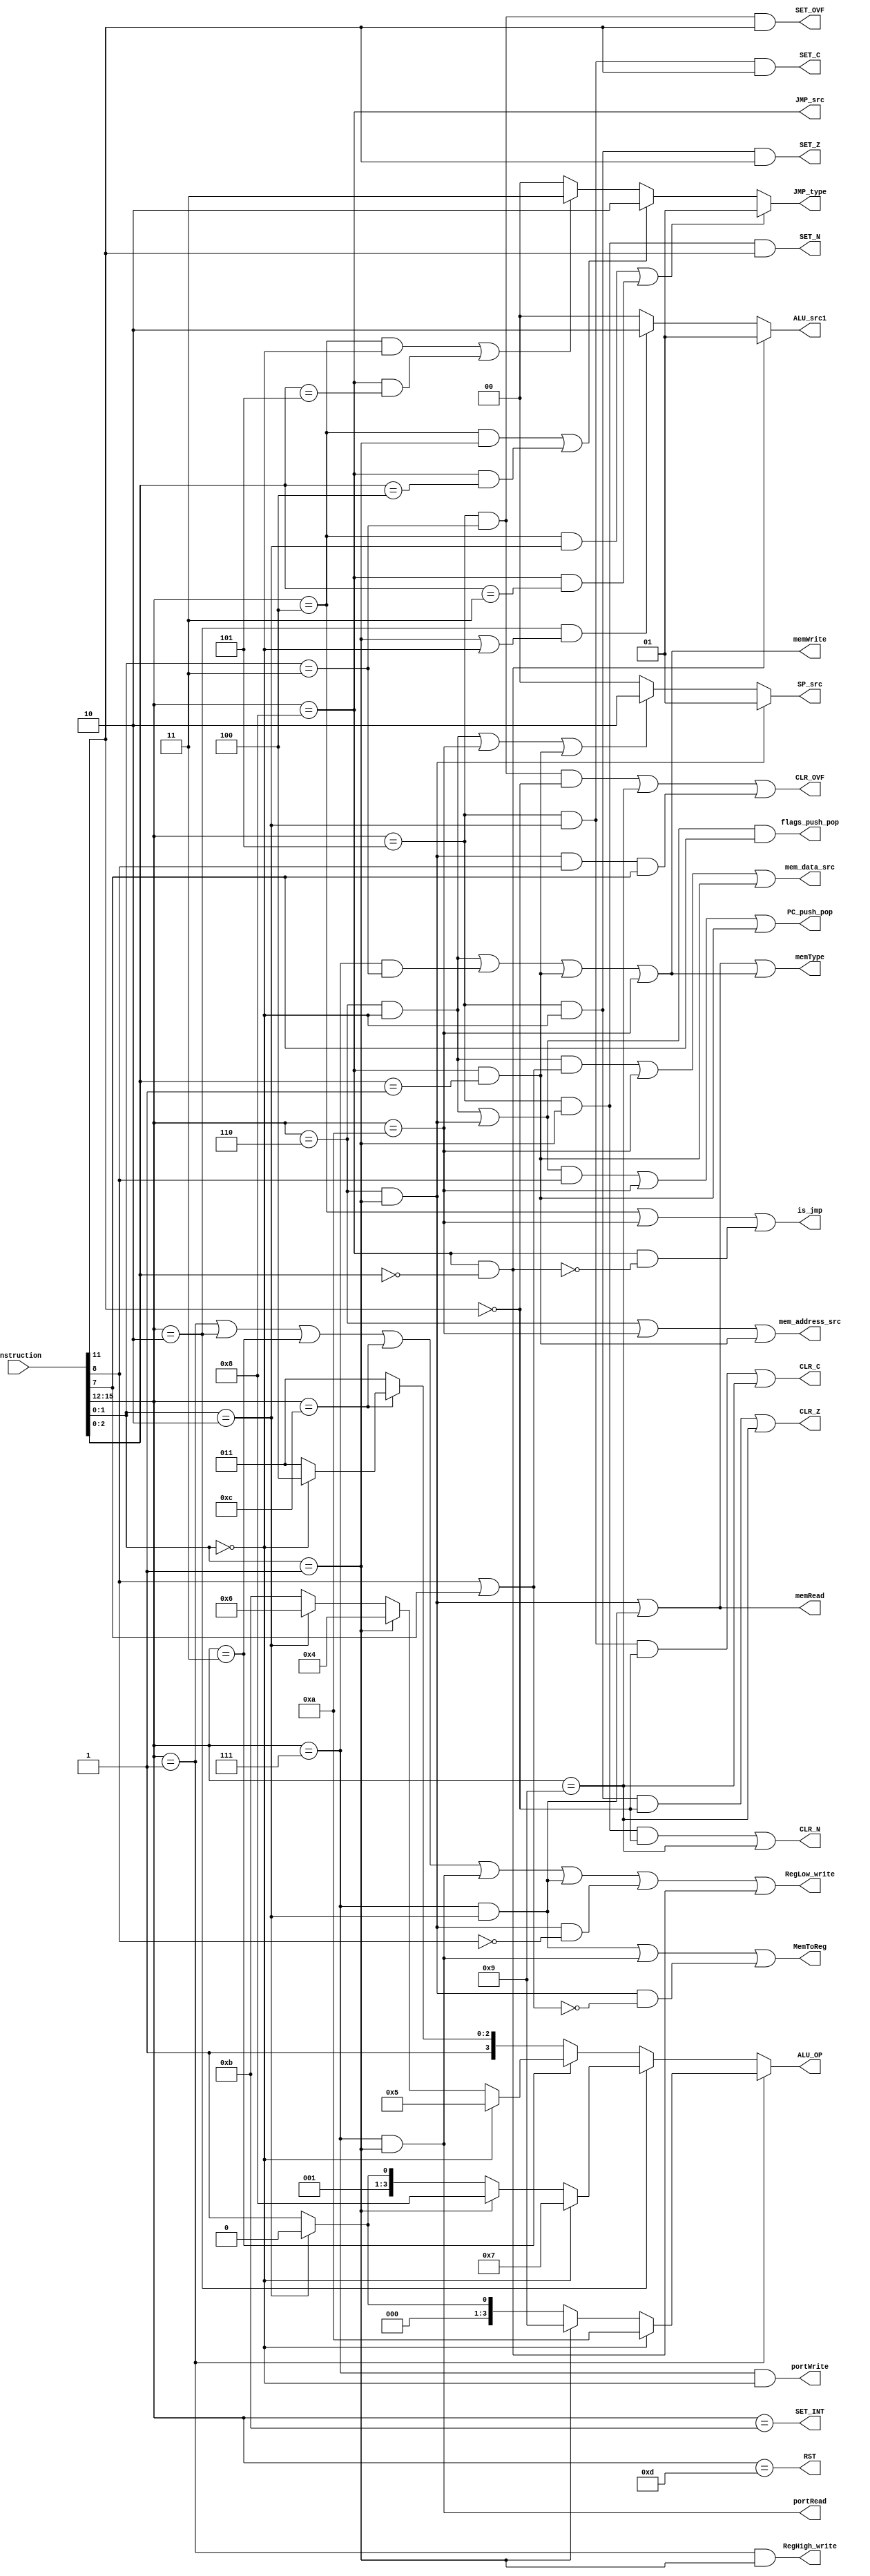
/*this is the control unit which is responsible for creating most of enable and select signals that will make the processor work correctly*/
module CU(RegLow_write, ALU_OP, RegHigh_write, ALU_src1, MemToReg, memWrite, memRead, portWrite, portRead,
			memType, PC_push_pop, flags_push_pop, JMP_type, is_jmp, JMP_src, SET_Z, SET_N, SET_C, SET_OVF, 
			CLR_Z, CLR_N, CLR_C, CLR_OVF, SP_src, mem_data_src, mem_address_src, SET_INT, RST, instruction);

/*this is the instruction to decode which is 16 bits*/
input wire [15:0] instruction;

/*reg_dst1_write_back , this is the signal that's used to allow writing back to the Rdst1*/
output wire RegLow_write;

/*reg_dst1_write_back , this is the signal that's used to allow writing back to the Rdst2 (used only incase of multiplications)*/
output wire RegHigh_write;

/*used to select which ALU operation to preform*/
output wire [3:0] ALU_OP;

/*to select between shmt, Rsrc or DATA in case of LDM*/
output wire [1:0] ALU_src1;

/*to choose the source of Rdst1 is comming from the memory or result of ALU*/
output wire MemToReg;

/*signal to write to the data memory*/
output wire memWrite;

/*signal to read from the data memory*/
output wire memRead;

/*signal to write to the port memory*/
output wire portWrite;

/*signal to read from the port memory*/
output wire portRead;

/*to select between the port memory and data memory while reading from memory*/
output wire memType;

/*to indication we should pop/push PC*/
output wire PC_push_pop;

/*to indication we should pop/push flags*/
output wire flags_push_pop;

/*to indicate whether jump on: flag(carry, zero, negative) or unconditional*/
output wire [1:0] JMP_type;

/*to indication it's a jump command or not*/
output wire is_jmp;

/*to select whether to jump using immediate value or using value in register*/
output wire JMP_src;

/*sets the zero flag*/
output wire SET_Z;

/*sets the negative flag*/
output wire SET_N;

/*sets the carry flag*/
output wire SET_C;

/*sets the interrupt flag*/
output wire SET_OVF;

/*clears the zero flag*/
output wire CLR_Z;

/*clears the negative flag*/
output wire CLR_N;

/*clears the carry flag*/
output wire CLR_C;

/*clears the interrupt flag*/
output wire CLR_OVF;

/*select whether to keep SP value as it's or decrement it or increment it*/
output wire [1:0] SP_src;

/*select between PUSH PC or Rdst*/
output wire mem_data_src;

/*select between using address using Rdst and SP*/
output wire mem_address_src;

/*this is the software interrupt wire*/
output wire SET_INT;

/*this is software reset wire*/
output wire RST;

/**************************************************************
	temp wire to make the code looks clean
**************************************************************/
wire [3:0] opcode;	// this is the opcode of the instruction
wire [2:0] Rdst1;	// this is the first Register destination number 
wire [2:0] Rdst2;	// this is the second Register destination number 
wire [2:0] Rsrc;	// this is the source Register number 
wire [3:0] shmt;	// this is the value that we will shift with in case of shifting
wire [1:0] funct;	// these are functionality bits to determine the functionality of the instruction after determining its type from opcode
wire OP;			// this is just a bit in c_type instructions to determine whether we are setting or clearing a flag
wire PC;			// this is just a bit to determine whether to PUSH/POP PC
wire flags;			// this is just a bit to determine whether to PUSH/POP flags
wire [3:0] port;	// to determine the port number from which we will (read from/ write to) 
wire [3:0] hash_imm;// these are used immediate bit concatenated with the next line in the memeory to preform absolute jumps
wire [2:0] I_funct;	// since I_type had many instruction so we mad funct bits to be 3-bits to be able to hold these instructions

/*assigning each wire to the corresponding bits in the instruction , refer to "ISA design.pdf"*/
assign opcode = instruction[15:12];
assign Rdst1 = instruction[11:9];
assign Rdst2 = instruction[5:3];
assign Rsrc = instruction[8:6];
assign shmt = instruction[5:2];
assign funct = instruction[1:0];
assign OP = instruction[11];
assign PC = instruction[8];
assign flags = instruction[7];
assign port = instruction[5:2];
assign hash_imm = instruction[6:3];
assign I_funct = instruction[2:0];
 
/**************************************************************
	detection of the instruction type
**************************************************************/

/*to detect the R type instruction*/
wire is_R_type;
assign is_R_type = (opcode == 4'd1) | (opcode == 4'd2) | (opcode == 4'd3) | (opcode == 4'd12);

/*to detect the B type instruction*/
wire is_B_type;
assign is_B_type = (opcode == 4'd4);

/*to detect the C type instruction*/
wire is_C_type;
assign is_C_type = (opcode == 4'd5);

/*to detect the S type instruction*/
wire is_S_type;
assign is_S_type = (opcode == 4'd6);

/*to detect the M type instruction*/
wire is_M_type;
assign is_M_type = (opcode == 4'd7);

/*to detect the I type instruction*/
wire is_I_type;
assign is_I_type = (opcode == 4'd8);

/*to detect the No operation instruction*/
wire is_NOP;
assign is_NOP = (opcode == 4'd0);

/*to detect the clear all flags instruction*/
wire is_CLR_FLAGS;
assign is_CLR_FLAGS = (opcode == 4'd9);

/*to detect the "call Rdst" instruction*/
wire is_CALL;
assign is_CALL = (opcode == 4'd10);

/*to detect if the instruction is software interrupt*/
wire is_SET_INT_inst;
assign is_SET_INT_inst = (opcode == 4'd11);

/*to detect if the instruction is software reset*/
wire is_RST_inst;
assign is_RST_inst = (opcode == 4'd13);

/**************************************************************
	detection of the instruction itself
**************************************************************/

/*to detect if the instruction is multiplication*/
wire is_MUL_inst;
assign is_MUL_inst = ((opcode == 4'd1) & (funct == 2'd1));

/*to detect if the instruction is shifting instruction, whether right or left*/
wire is_SHIFT_inst;
assign is_SHIFT_inst = ((opcode == 4'd2) & ((funct == 2'd1) | (funct == 2'd0))); 

/*to detect if the instruction is jump if zero*/
wire is_JZ_Rdst_inst;
assign is_JZ_Rdst_inst = (is_B_type & (funct == 2'd0));

/*to detect if the instruction is jump if negative*/
wire is_JN_Rdst_inst;
assign is_JN_Rdst_inst = (is_B_type & (funct == 2'd1));

/*to detect if the instruction is jump if carry*/
wire is_JC_Rdst_inst;
assign is_JC_Rdst_inst = (is_B_type & (funct == 2'd2));

/*to detect if the instruction is jump unconditionally */
wire is_JMP_Rdst_inst;
assign is_JMP_Rdst_inst = (is_B_type & (funct == 2'd3));

/*to detect if the instruction is clear zero flag*/
wire is_CLRZ_inst;
assign is_CLRZ_inst = (is_C_type & (funct == 2'd0) & (OP == 0));

/*to detect if the instruction is clear negative flag*/
wire is_CLRN_inst;
assign is_CLRN_inst = (is_C_type & (funct == 2'd1) & (OP == 0));

/*to detect if the instruction is clear carry flag*/
wire is_CLRC_inst;
assign is_CLRC_inst = (is_C_type & (funct == 2'd2) & (OP == 0));

/*to detect if the instruction is clear interrupt flag*/
wire is_CLR_OVF_inst;
assign is_CLR_OVF_inst = (is_C_type & (funct == 2'd3) & (OP == 0));

/*to detect if the instruction is set zero flag*/
wire is_SETZ_inst;
assign is_SETZ_inst = (is_C_type & (funct == 2'd0) & (OP == 1));

/*to detect if the instruction is set negative flag*/
wire is_SETN_inst;
assign is_SETN_inst = (is_C_type & (funct == 2'd1) & (OP == 1));

/*to detect if the instruction is set carry flag*/
wire is_SETC_inst;
assign is_SETC_inst = (is_C_type & (funct == 2'd2) & (OP == 1));

/*to detect if the instruction is set interrupt flag*/
wire is_SET_OVF_inst;
assign is_SET_OVF_inst = (is_C_type & (funct == 2'd3) & (OP == 1));

/*to detect if the instruction is PUSH*/
wire is_PUSH_inst;
assign is_PUSH_inst = (is_S_type & (funct == 2'd0));

/*to detect if the instruction is POP*/
wire is_POP_inst;
assign is_POP_inst = (is_S_type & (funct == 2'd1));

/*to detect if the instruction is OUT*/
wire is_OUT_inst;
assign is_OUT_inst = (is_M_type & (funct == 2'd0));

/*to detect if the instruction is IN*/
wire is_IN_inst;
assign is_IN_inst = (is_M_type & (funct == 2'd1));

/*to detect if the instruction is LDD*/
wire is_LDD_inst;
assign is_LDD_inst = (is_M_type & (funct == 2'd2));

/*to detect if the instruction is STD*/
wire is_STD_inst;
assign is_STD_inst = (is_M_type & (funct == 2'd3));

/*to detect if the instruction is LDM*/
wire is_LDM_inst;
assign is_LDM_inst = (is_I_type & (I_funct == 3'd0));

/*to detect if the instruction is CALL using immediate value*/
wire is_CALL_hashImm_inst;
assign is_CALL_hashImm_inst = (is_I_type & (I_funct == 3'd1));

/*to detect if the instruction is JMP unconditionally using immediate value*/
wire is_JMP_hashImm_inst;
assign is_JMP_hashImm_inst = (is_I_type & (I_funct == 3'd2));

/*to detect if the instruction is jump if carry flag using immediate value*/
wire is_JC_hashImm_inst;
assign is_JC_hashImm_inst = (is_I_type & (I_funct == 3'd3));

/*to detect if the instruction is jump if negative flag using immediate value*/
wire is_JN_hashImm_inst;
assign is_JN_hashImm_inst = (is_I_type & (I_funct == 3'd4));

/*to detect if the instruction is jump if zero flag using immediate value*/
wire is_JZ_hashImm_inst;
assign is_JZ_hashImm_inst = (is_I_type & (I_funct == 3'd5));


/**************************************************************
	dummy wires used as immediate between gates
**************************************************************/
wire [3:0] selected_ALU_OP_from_group0; 	// used to detected the needed ALU operation from group0 based on funct
wire [3:0] selected_ALU_OP_from_group1;		// used to detected the needed ALU operation from group1 based on funct
wire [3:0] selected_ALU_OP_from_group2;		// used to detected the needed ALU operation from group2 based on funct
wire [3:0] selected_ALU_OP_from_group3;		// used to detected the needed ALU operation from group3 based on funct


assign selected_ALU_OP_from_group0 = 	(funct == 4'd0) ? 4'd10 :		// Division (DIV)
										(funct == 4'd1) ? 4'd9 	:		// multiplication (MUL)
										(funct == 4'd2) ? 4'd0 	:		// addition (ADD)
										4'd1;							// subtraction (SUB)									

assign selected_ALU_OP_from_group1 = 	(funct == 4'd0) ? 4'd7 	:		// shift left (SHL)
										(funct == 4'd1) ? 4'd8 	:		// shift right (SHR)
										(funct == 4'd2) ? 4'd2 	:		// increment bt 1 (INC)
										4'd3;							// decrement by one (DEC)
										
assign selected_ALU_OP_from_group2 = 	(funct == 4'd0) ? 4'd5 	:		// bitwise OR (OR)
										(funct == 4'd1) ? 4'd4 	:		// bitwise AND (AND)
										(funct == 4'd2) ? 4'd6 	:		// bitwise NOT (NOT)
										4'd11;							// move instruction (MOV)

assign selected_ALU_OP_from_group3 = 	(funct == 4'd0) ? 4'd12	:		// modululs (MOD)
										4'd11;							// (defualt (MOV) instruction)

/*
	calculating the value of RegLow_write :
	---------------------------------------
		active in :
		- all of R_type instructions
		- m_type in case of IN or LDD
		- s_type in case of POP and PC != 1
		- I type in case of LDM
*/
assign RegLow_write = is_R_type | is_IN_inst | is_LDD_inst | (is_POP_inst & (!PC)) | is_LDM_inst;

/*
	calculating the value of RegHigh_write :
	---------------------------------------
	active in :
		- multiplication command only
*/
assign RegHigh_write = is_MUL_inst;

/*
	calculating the value of ALU_OP :
	---------------------------------------
	values:
		- 0 (ADD) when opcode is 1 and funct is 2
		- 1 (SUB) when opcode is 1 and funct is 3
		- 2 (INC) when opcode is 2 and funct is 2
		- 3 (DEC) when opcode is 2 and funct is 3
		- 4 (AND) when opcode is 3 and funct is 1
		- 5 (OR) when opcode is 3 and funct is 0
		- 6 (NOT) when opcode is 3 and funct is 2
		- 7 (SHL) when opcode is 2 and funct is 0
		- 8 (SHR) when opcode is 2 and funct is 1
		- 9 (MUL) when opcode is 1 and funct is 1
		- 10 (DIV) when opcode is 1 and funct is 0
		- 11 (MOV) when opcode is 3 and funct is 3
		- 12 (MOD) when opcode is 12 and funct is 0
	otherwise:
		- we use the command MOV for any other operation
*/
assign ALU_OP = (opcode == 4'd1) 	? selected_ALU_OP_from_group0 :	// select the operation from the group0
				(opcode == 4'd2) 	? selected_ALU_OP_from_group1 :	// select the operation from the group1
				(opcode == 4'd3) 	? selected_ALU_OP_from_group2 :	// select the operation from the group2
				(opcode == 4'd12)	? selected_ALU_OP_from_group3 :	// select the operation from the group3
				4'd11;												// make MOV command is the default command
				
/*
	calculating the value of ALU_src1 :
	---------------------------------------
	values: 
		- 0 : when input to Rsrc in ALU comes from register file (anyother case)
		- 1 : when input to Rsrc in ALU comes from DATA which is 16 input used mostly with LDM command
		- 2 : when input to Rsrc in ALU comes from shmt to do shifting (ALUOP = SHF | SHR)
*/
assign ALU_src1 = 	(is_LDM_inst) ? 2'd1 :
					(is_SHIFT_inst) ? 2'd2 :
					2'd0;
					
/*
	calculating the value of MemToReg :
	---------------------------------------
	active in :
		- LDD, POP (where PC != 0) , IN
*/					
assign MemToReg = is_LDD_inst | is_IN_inst | (is_POP_inst & (!(PC | flags)));


/*
	calculating the value of memWrite :
	---------------------------------------
	active in :
		- PUSH, STD, CALL #imm , CALL Rdst
*/					
assign memWrite = is_PUSH_inst | is_STD_inst | is_CALL_hashImm_inst | is_CALL;


/*
	calculating the value of memRead :
	---------------------------------------
	active in :
		- POP, LDD
*/					
assign memRead = is_POP_inst | is_LDD_inst;


/*
	calculating the value of portWrite :
	---------------------------------------
	active in : 
		-  OUT
*/					
assign portWrite = is_OUT_inst;


/*
	calculating the value of portRead :
	---------------------------------------
	active in :
		- IN
*/					
assign portRead = is_IN_inst;


/*
	calculating the value of memType :
	---------------------------------------
	active in :
		- when memRead or memWrite is high 
*/					
assign memType = memRead | memWrite;				
				
				
/*
	calculating the value of PC_push_pop :
	---------------------------------------
	active in:
		- using PUSH/POP and PC = 1
		- CALL
*/					
assign PC_push_pop = ((is_PUSH_inst | is_POP_inst) & PC) | is_CALL | is_CALL_hashImm_inst;				


/*
	calculating the value of flags_push_pop :
	---------------------------------------
	active in:
		- using PUSH/POP and flags = 1
*/					
assign flags_push_pop = (is_PUSH_inst | is_POP_inst) & flags;				
	
/*
	calculating the value of JMP_type :
	---------------------------------------
	values:
		- 0 when performing unconditional jump
		- 1 when jumping on carry flag
		- 2 when jumping on negative flag
		- 3 when jumping on zero flag
*/					
assign JMP_type = 	(is_JC_Rdst_inst | is_JC_hashImm_inst)? 2'd1 :
					(is_JN_Rdst_inst | is_JN_hashImm_inst)? 2'd2 :
					(is_JZ_Rdst_inst | is_JZ_hashImm_inst)? 2'd3 :
					2'd0;
	
	
/*
	calculating the value of is_jmp :
	---------------------------------------
	active in:
		- b_type instructions, CALL, I_type except for LDM
*/					
assign is_jmp = is_B_type | is_CALL | (is_I_type & (!is_LDM_inst));	
	
	
/*
	calculating the value of JMP_src :
	---------------------------------------
	active in:
		- I_type
*/	
assign JMP_src = is_I_type;			


/*
	calculating the value of SET_Z :
	---------------------------------------
	active in:
		- c_type instructions group 1 (SET_Z)
*/	
assign SET_Z = is_SETZ_inst;	

/*
	calculating the value of SET_N :
	---------------------------------------
	active in:
		- c_type instructions group 1 (SET_N)
*/	
assign SET_N = is_SETN_inst;	

/*
	calculating the value of SET_N :
	---------------------------------------
	active in:
		- c_type instructions group 1 (SET_C)
*/	
assign SET_C = is_SETC_inst;	

/*
	calculating the value of SET_OVF :
	---------------------------------------
	active in:
		- c_type instructions group 1 (SET_OVF)
*/	
assign SET_OVF = is_SET_OVF_inst;	
	
	
/*
	calculating the value of CLR_Z :
	---------------------------------------
	active in:
		- c_type instructions group 0 (CLR_Z) and CLR_FLAGS instruction
*/	
assign CLR_Z = is_CLRZ_inst | is_CLR_FLAGS;		
	
/*
	calculating the value of CLR_N :
	---------------------------------------
	active in:
		- c_type instructions group 0 (CLR_N) and CLR_FLAGS instruction
*/	
assign CLR_N = is_CLRN_inst | is_CLR_FLAGS;	

/*
	calculating the value of CLR_C :
	---------------------------------------
	active in:
		- c_type instructions group 0 (CLR_C) and CLR_FLAGS instruction
*/	
assign CLR_C = is_CLRC_inst | is_CLR_FLAGS;	

/*
	calculating the value of CLR_OVF :
	---------------------------------------
	active in:
		- c_type instructions group 0 (CLR_OVF) and CLR_FLAGS instruction
		- RTI instruction (POP PC, flags)		
*/	
assign CLR_OVF = is_CLR_OVF_inst | is_CLR_FLAGS | (is_POP_inst & PC & flags);	


/*
	calculating the value of SP_src :
	---------------------------------------
	values :
		- 0		keep the value of SP as it's in case of NO (PUSH/POP, CALL)
		- 1		decrement the value of SP by 1 incase of POP
		- 2 	increment the value of SP by 1 incase of PUSH, CALL
*/	
assign SP_src = (is_POP_inst) ? 2'd1 :
				(is_PUSH_inst | is_CALL | is_CALL_hashImm_inst) ? 2'd2 :
				2'd0;

/*
	calculating the value of mem_data_src :
	---------------------------------------
	active in:
		- PUSH command, PC | flags = 1
		- CALL
*/	
assign mem_data_src = (is_PUSH_inst & (PC | flags)) | is_CALL | is_CALL_hashImm_inst;	


/*
	calculating the value of mem_address_src :
	---------------------------------------
	acive in :
		- POP/PUSH instructions (s_type)
		- CALL
*/	
assign mem_address_src = is_S_type | is_CALL | is_CALL_hashImm_inst;


/*
	calculating the value of SET_INT :
	---------------------------------------
	acive in :
		- SET_INT instruction
*/
assign SET_INT = is_SET_INT_inst;
	
	
/*
	calculating the value of RST :
	---------------------------------------
	acive in :
		- RST instruction
*/	
assign RST = is_RST_inst;	
				
endmodule